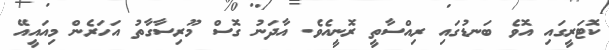
ކޮޓަރީގައި އޮވެ ބަނޑުގައި ރިއްސާތީ ރޮނީއެވެ. އާދަނު ގޮސް މޫރިސާގާތު އަހަރެން މިއައީއޭ